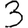
Digit: 3